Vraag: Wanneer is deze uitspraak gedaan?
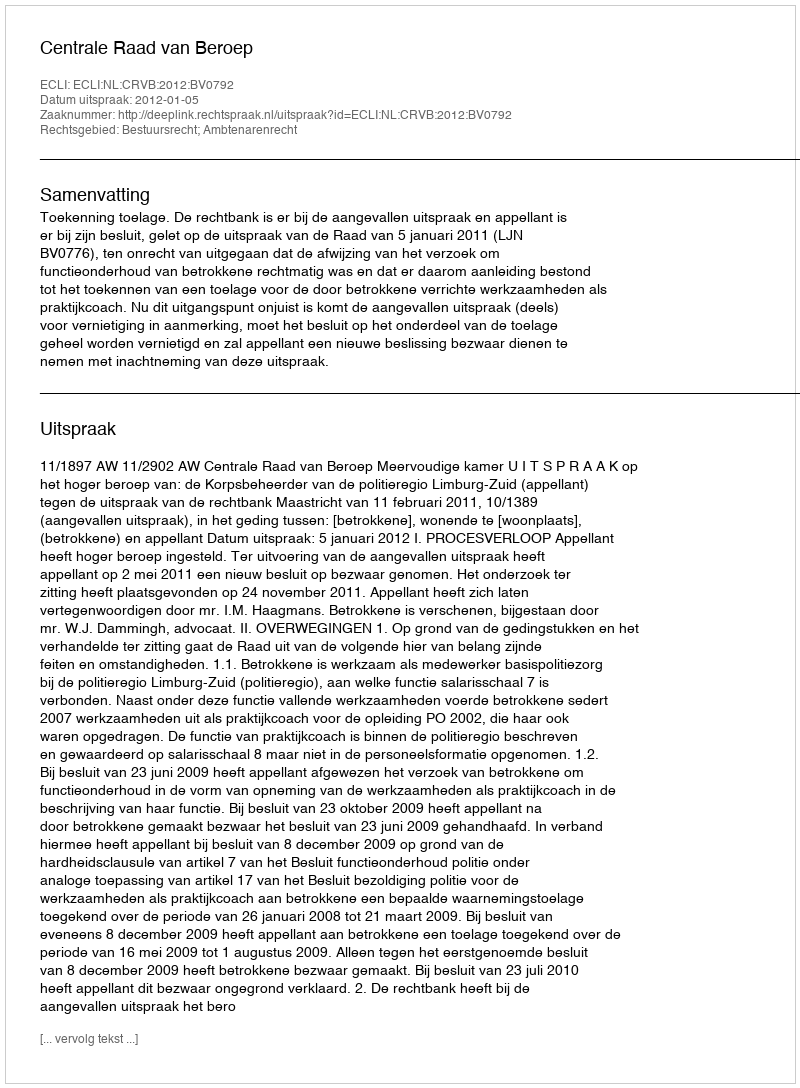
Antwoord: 2012-01-05